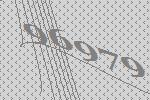
96979